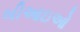
બીઆઇઓ